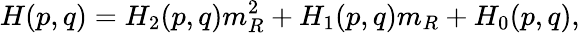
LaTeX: H(p,q)=H_{2}(p,q)m_{R}^{2}+H_{1}(p,q)m_{R}+H_{0}(p,q),